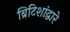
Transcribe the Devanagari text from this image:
ब्रिटिशांद्वारे